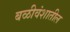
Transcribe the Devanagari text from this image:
बळीवंशातील